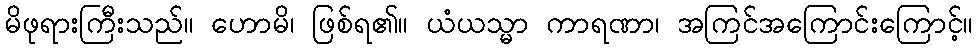
မိဖုရားကြီးသည်။ ဟောမိ၊ ဖြစ်ရ၏။ ယံယသ္မာ ကာရဏာ၊ အကြင်အကြောင်းကြောင့်။